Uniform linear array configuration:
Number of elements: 64
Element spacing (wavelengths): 0.5
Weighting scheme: hann
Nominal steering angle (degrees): -15
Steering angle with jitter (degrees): -15.481
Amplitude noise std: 0.05
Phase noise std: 0.05

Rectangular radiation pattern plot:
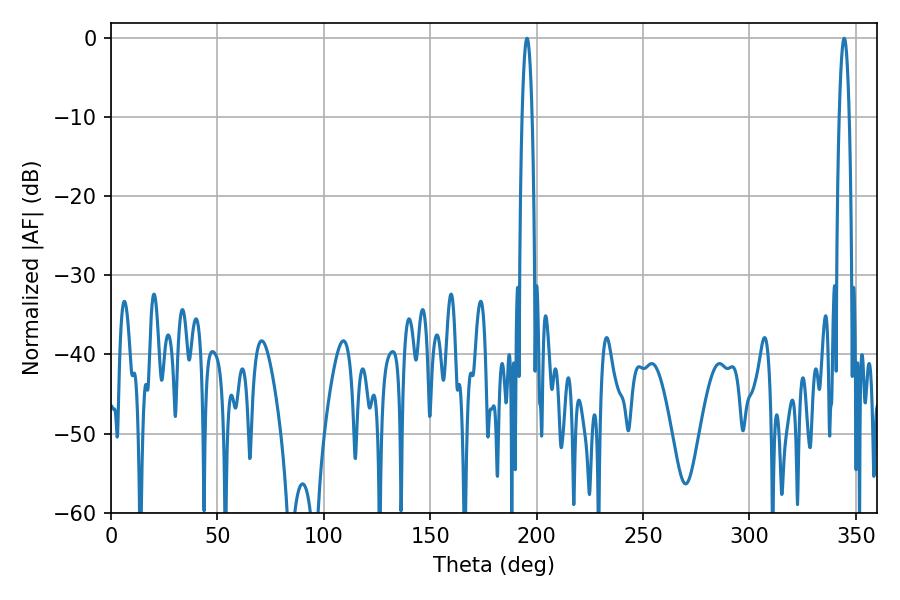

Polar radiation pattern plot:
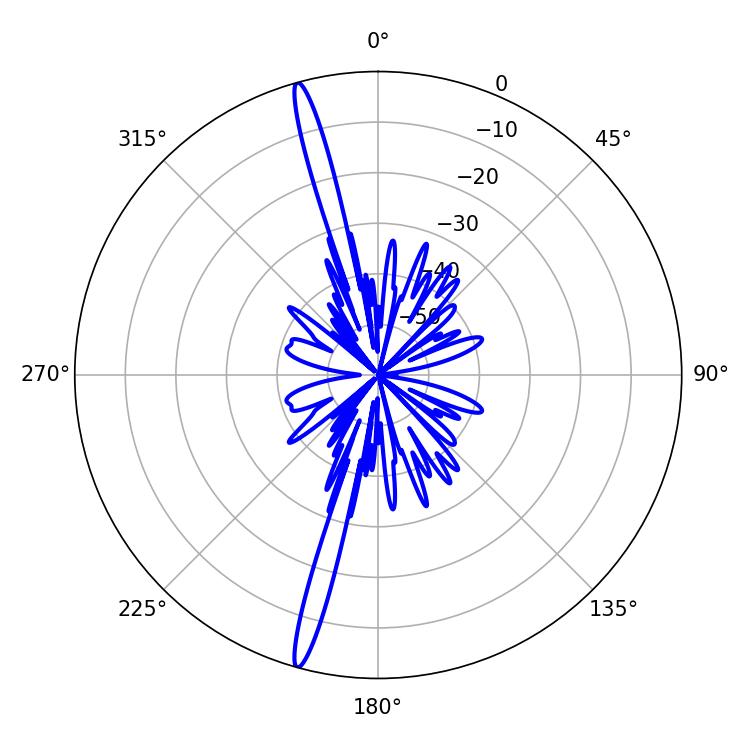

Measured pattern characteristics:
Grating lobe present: FALSE
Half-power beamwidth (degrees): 2.52
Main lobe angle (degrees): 195.48